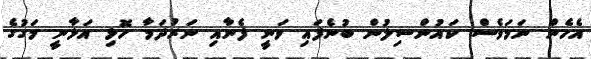
އެހެން ނަމަވެސް ކައުންސިލުން ބުނެފައި ވަނީ ފެނާއި ނަރުދަމާ ހޮޅި އަޅާނީ މަގުގެ